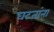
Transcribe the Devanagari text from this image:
घटतांना